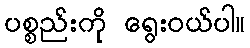
ပစ္စည်းကို ရွေးဝယ်ပါ။